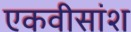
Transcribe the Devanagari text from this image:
एकवीसांश